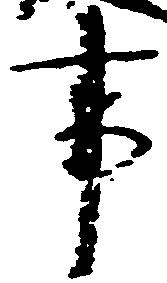
事